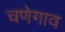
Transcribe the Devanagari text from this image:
चणेगाव